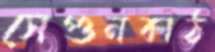
সেগুনকাঠ